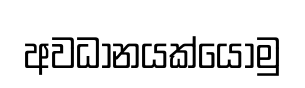
අවධානයක්යොමු